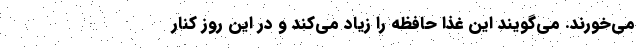
می‌خورند. می‌گویند این غذا حافظه را زیاد می‌کند و در این روز کنار